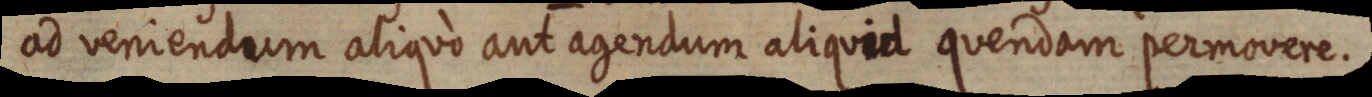
ad veniendum aliquo aut agendum aliquid quendam permovere.